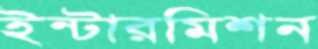
ইন্টারমিশন